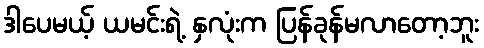
ဒါပေမယ့် ယမင်းရဲ့ နှလုံးက ပြန်ခုန်မလာတော့ဘူး